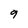
Character: 9